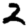
Digit: 2